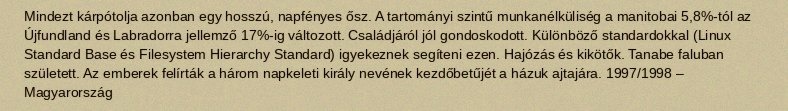
Mindezt kárpótolja azonban egy hosszú, napfényes ősz. A tartományi szintű munkanélküliség a manitobai 5,8%-tól az Újfundland és Labradorra jellemző 17%-ig változott. Családjáról jól gondoskodott. Különböző standardokkal (Linux Standard Base és Filesystem Hierarchy Standard) igyekeznek segíteni ezen. Hajózás és kikötők. Tanabe faluban született. Az emberek felírták a három napkeleti király nevének kezdőbetűjét a házuk ajtajára. 1997/1998 – Magyarország